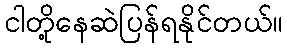
ငါတို့နေဆဲပြန်ရနိုင်တယ်။